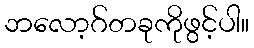
ဘလော့ဂ်တခုကိုဖွင့်ပါ။